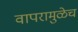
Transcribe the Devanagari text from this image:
वापरामुळेच